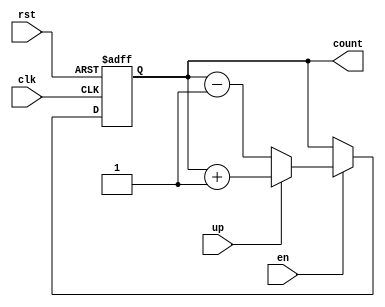
module counter4 (
    input wire clk,
    input wire rst,
    input wire en,
    input wire up,
    output reg [3:0] count
);

always @(posedge clk, posedge rst)
    if (rst)
        count = #0.5 0;
    else
        if (en)
            if (up)
                count = #0.5 count + 1;
            else
                count = #0.5 count - 1;

endmodule